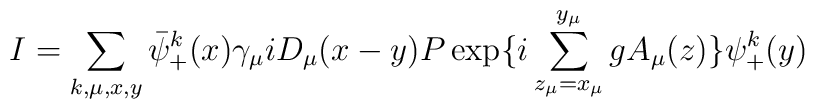
I = \sum_{k, \mu,x,y} \bar{ \psi}_+^k(x)\gamma_{\mu}iD_{\mu}(x-y)P \exp \{i \sum_{z_{\mu}=x_{\mu}}^{y_{\mu}}gA_{\mu}(z) \} \psi_+^k(y)